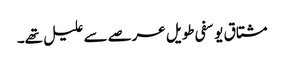
مشتاق یوسفی طویل عرصے سے علیل تھے۔